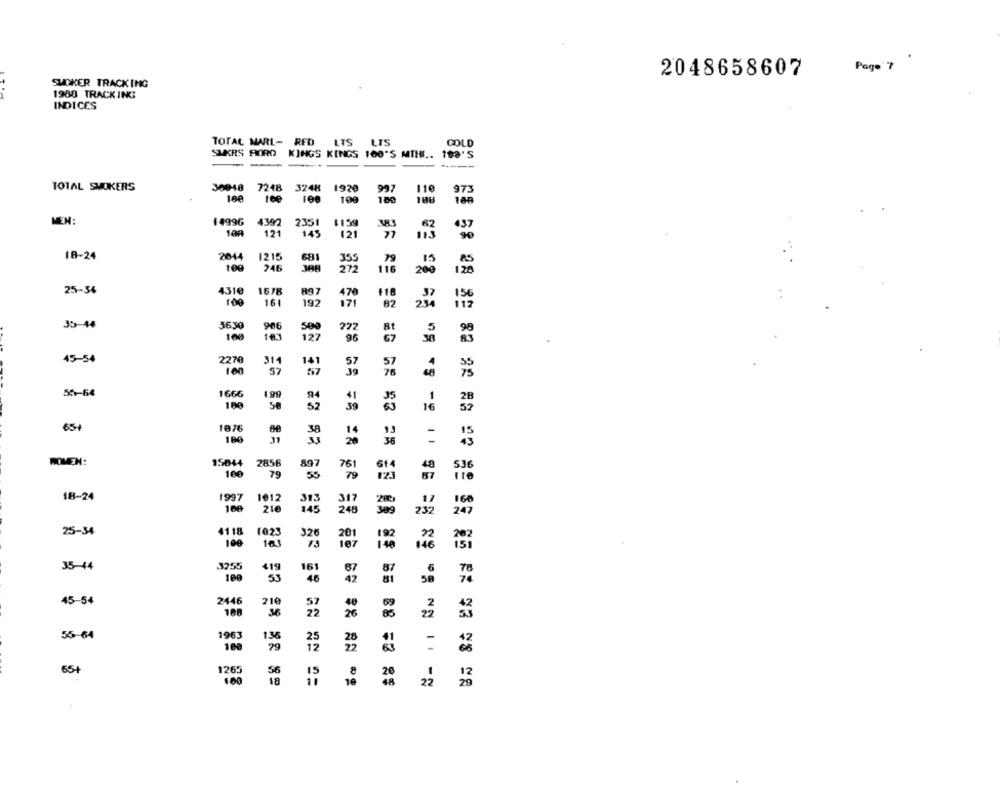
2048658607
Page 7
SMOKER TRACKING
1988 TRACKING
INDICES
TOTAL MARL- RED
LIS
LTS
GOLD
SUKRS FORD KINGS KINGS 160'S MTHE .. 198'S
TOTAL SMOKERS
30048 7248
3248
1920
997
110
180
100
109
100
MEN:
14996
2351
1159
4397
121
145
12
77
18-24
2014
1215
355
79
15
100
246
388
272
116
200
28 58 28
25-54
4310
1678
897
100
161
+18
192
82
23
35-44
3630
906
100
183
127
96
45-54
2270
314
141
57
57
57
39
76
55-64
1666
199
41
39
65+
1976
14
20
38
WOMEN:
15044 2856
897
761
614
536
100
79
55
79
#23
18-24
1997
1012
317
200
100
216
145
248
309
23%
247
4118
25-34
1023
326
201
19
202
100
103
187
140
35-44
3255
419
161
87
109
46
58
78
45-54
2446
210
57
100
36
22
85
196
55-64
136
25
-
100
29
12
32
65+
1265
56
15
20
18
14
22
29